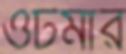
ওটমার